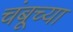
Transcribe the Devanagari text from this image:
चंबूच्या